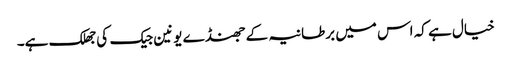
خیال ہے کہ اس میں برطانیہ کے جھنڈے یونین جیک کی جھلک ہے۔